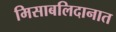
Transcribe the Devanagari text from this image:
मिसाबलिदानात